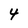
Character: 4